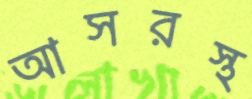
আসরস্থ